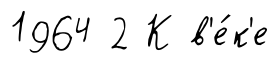
1964 2 К в'е́к'е